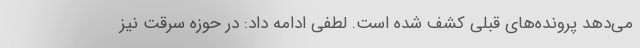
می‌دهد پرونده‌های قبلی کشف شده است. لطفی ادامه داد: در حوزه سرقت نیز